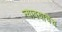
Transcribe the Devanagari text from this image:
न्यावयाचेच